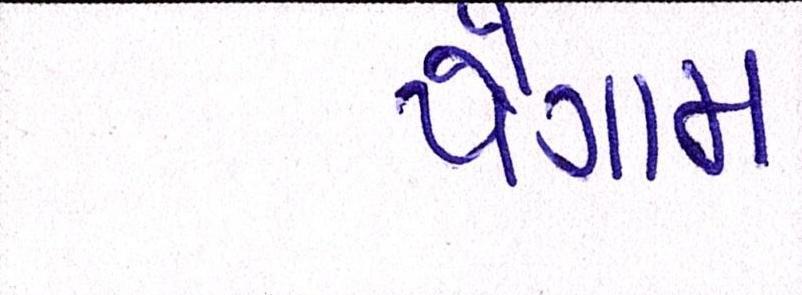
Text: પૈગામ